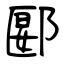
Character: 郾